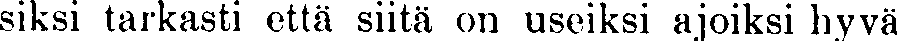
siksi tarkasti että siitä on useiksi ajoiksi hyvä